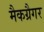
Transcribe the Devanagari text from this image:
मैकग्रैगर